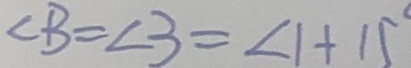
\angle B = \angle 3 = \angle 1 + 1 5 ^ { \circ }